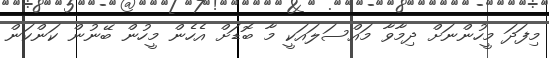
މިފަދަ މީހުންނަށް ދިމާވާ މައްސަލައަކީ މާ ބޮޑަށް އެހެން މީހުން ބޭނުން ކަންކަން